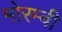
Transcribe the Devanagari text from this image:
मोरम्बी